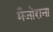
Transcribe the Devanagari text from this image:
मैजोराना